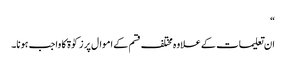
“
ان تعلیمات کے علاوہ مختلف قسم کے اموال پر زکوٰة کا واجب ہونا۔